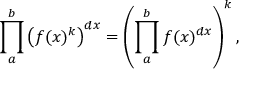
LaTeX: \prod _ { a } ^ { b } \left( f ( x ) ^ { k } \right) ^ { d x } = \left( \prod _ { a } ^ { b } f ( x ) ^ { d x } \right) ^ { k } ,